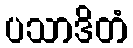
ပသာဒိတံ